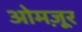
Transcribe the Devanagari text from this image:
ओमज़ूर